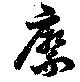
縻